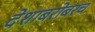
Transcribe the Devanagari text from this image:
देशाबरोबरच